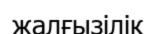
жалғызілік